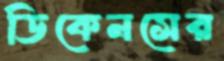
ডিকেনসের